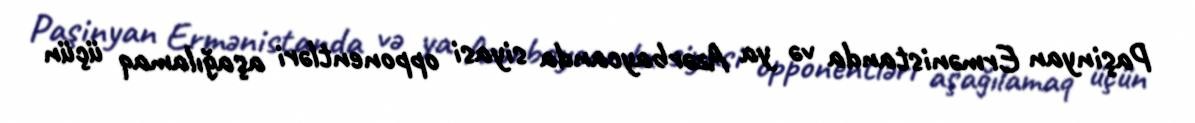
Paşinyan Ermənistanda və ya Azərbaycanda siyasi opponentləri aşağılamaq üçün